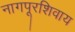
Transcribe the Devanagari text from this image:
नागपूरशिवाय